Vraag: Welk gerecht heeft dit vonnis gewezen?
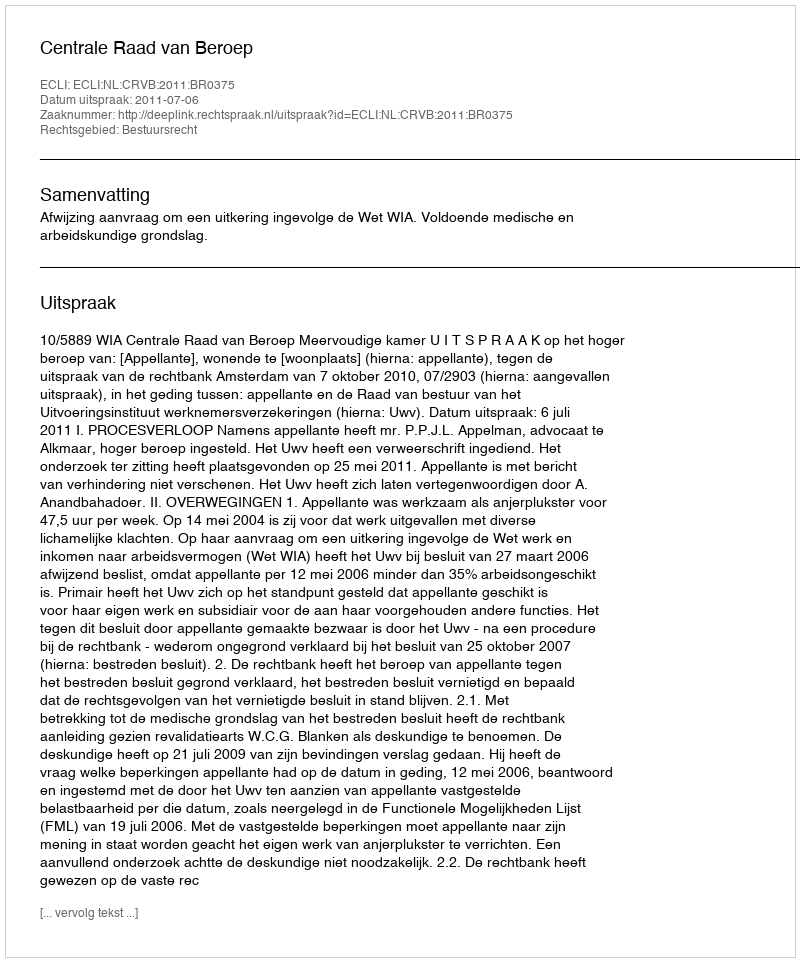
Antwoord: Centrale Raad van Beroep